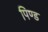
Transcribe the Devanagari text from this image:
पिण्‍ड